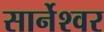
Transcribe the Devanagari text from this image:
सार्नेश्वर